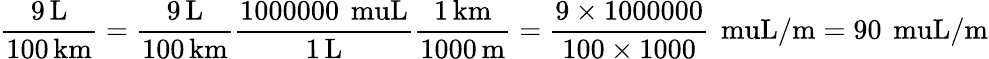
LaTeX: \mathrm{\frac{9\, \mathrm{{L}}}{100\, \mathrm{{km}}}}=\mathrm{\frac{9\, \mathrm{{L}}}{100\, \mathrm{{km}}}}\mathrm{\frac{1000000\, \mathrm{{\ muL}}}{1\, \mathrm{{L}}}}\mathrm{\frac{1\, \mathrm{{km}}}{1000\, \mathrm{{m}}}}={\frac{9\times 1000000}{100\times 1000}}\, \mathrm{\ muL/m}=90\, \mathrm{\ muL/m}